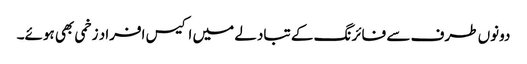
دونوں طرف سے فائرنگ کے تبادلے میں اکیس افراد زخمی بھی ہوئے۔